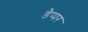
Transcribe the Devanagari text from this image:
डैप्पर